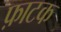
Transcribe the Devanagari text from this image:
फ़ाटक